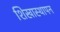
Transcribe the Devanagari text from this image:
शिखास्थापन